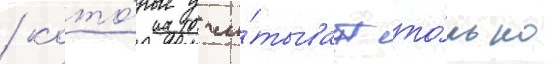
/ кото́рые учи́тываут то́лько